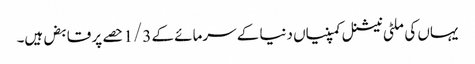
یہاں کی ملٹی نیشنل کمپنیاں دنیا کے سرمائے کے 1/3 حصے پر قابض ہیں۔